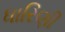
ધારિણી